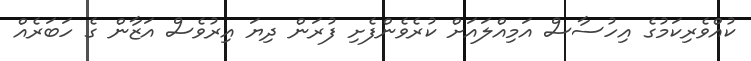
ކުއްވެރިކަމުގެ އިހުސާސް އަމިއްލައަށް ކުރެވެންފެށި ފުރަން ދިޔަ އިރުވެސް އަޒާން ގެ ހަބަރެއް